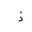
Letter: _thal